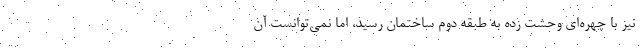
نیز با چهره‌ای وحشت زده به طبقه دوم ساختمان رسید، اما نمی‌توانست آن